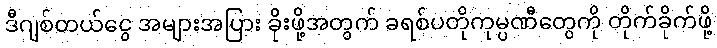
ဒီဂျစ်တယ်ငွေ အများအပြား ခိုးဖို့အတွက် ခရစ်ပတိုကုမ္ပဏီတွေကို တိုက်ခိုက်ဖို့